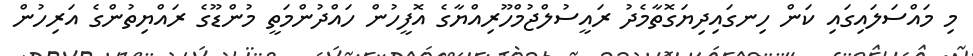
މި މައްސަލައިގައި ކަން ހިނގައިދިޔަގޮތާމެދު ރައީސުލްޖުމްހޫރިއްޔާގެ އޮފީހުން ހައްދުންމަތީ މުންޑޫގެ ރައްޔިތުންގެ އަރިހުން